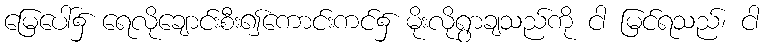
မြေပေါ်၌ ရေလိုချောင်းစီး၍ကောင်းကင်၌ မိုးလိုရွာချသည်ကို ငါ မြင်ရသည်၊ ငါ